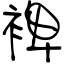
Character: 裨